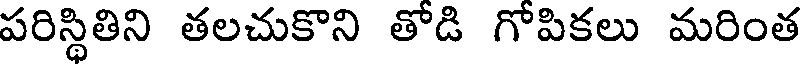
పరిస్థితిని తలచుకొని తోడి గోపికలు మరింత